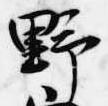
野